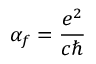
\alpha _ { f } = \frac { e ^ { 2 } } { c \hbar }